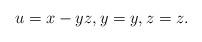
LaTeX: \begin{align*}u=x-yz,y=y,z=z.\end{align*}